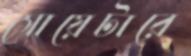
সোয়েটারে